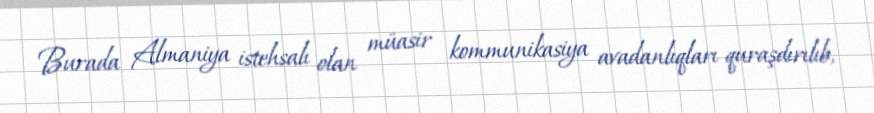
Burada Almaniya istehsalı olan müasir kommunikasiya avadanlıqları quraşdırılıb,